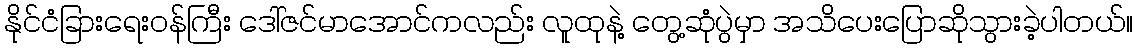
နိုင်ငံခြားရေးဝန်ကြီး ဒေါ်ဇင်မာအောင်ကလည်း လူထုနဲ့ တွေ့ဆုံပွဲမှာ အသိပေးပြောဆိုသွားခဲ့ပါတယ်။